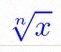
\sqrt[n]{x}